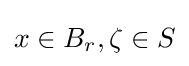
x\in B_{r},\zeta \in S